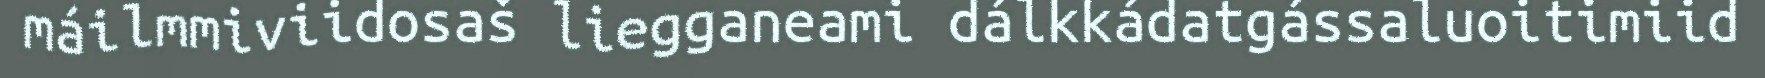
máilmmiviidosaš liegganeami dálkkádatgássaluoitimiid